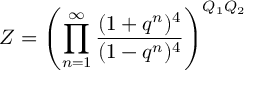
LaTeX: Z = \left( \prod _ { n = 1 } ^ { \infty } \frac { ( 1 + q ^ { n } ) ^ { 4 } } { ( 1 - q ^ { n } ) ^ { 4 } } \right) ^ { Q _ { 1 } Q _ { 2 } }